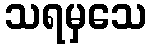
သရမှသေ